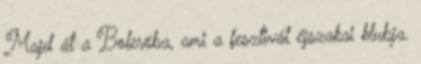
Majd át a Boleróba, ami a fesztivál éjszakai klubja.